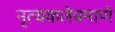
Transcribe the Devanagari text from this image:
नृत्यकलेप्रमाणे